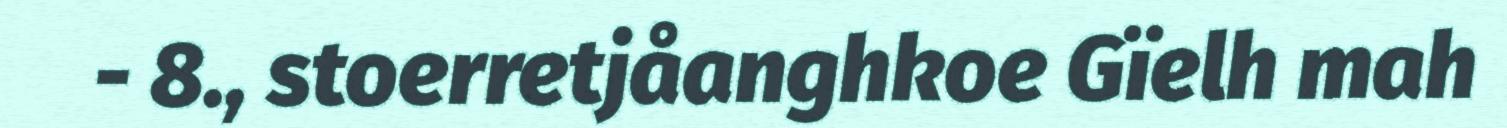
- 8., stoerretjåanghkoe Gïelh mah